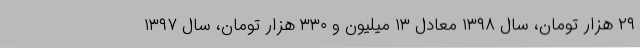
۲۹ هزار تومان، سال ۱۳۹۸ معادل ۱۳ میلیون و ۳۳۰ هزار تومان، سال ۱۳۹۷